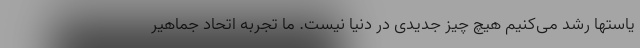
یاستها رشد می‌کنیم هیچ چیز جدیدی در دنیا نیست. ما تجربه اتحاد جماهیر